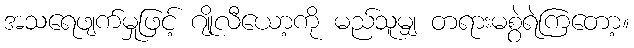
အသရေဖျက်မှုဖြင့် ဂျိုလီယော့ကို မည်သူမျှ တရားမစွဲရဲကြတော့။